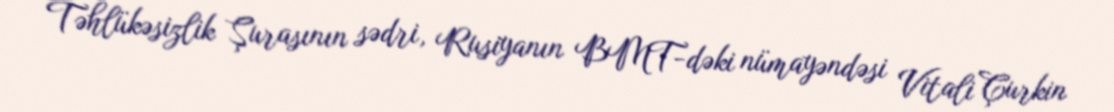
Təhlükəsizlik Şurasının sədri, Rusiyanın BMT-dəki nümayəndəsi Vitali Çurkin